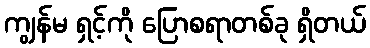
ကျွန်မ ရှင့်ကို ပြောစရာတစ်ခု ရှိတယ်